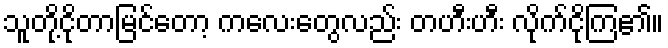
သူတို့ငိုတာမြင်တော့ ကလေးတွေလည်း တဟီးဟီး လိုက်ငိုကြ၏။